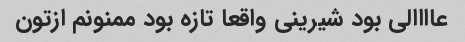
عاااالی بود شیرینی واقعا تازه بود ممنونم ازتون